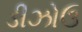
ડીઝોઉ